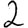
Digit: 2